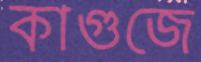
কাগুজে